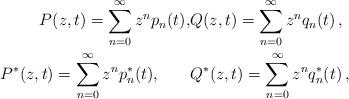
LaTeX: \begin{align*}P(z, t)=\sum_{n=0}^{\infty} z^{n} p_{n}(t), & Q(z, t)=\sum_{n=0}^{\infty} z^{n} q_{n}(t) \,,\\P^{*}(z, t)=\sum_{n=0}^{\infty} z^{n} p_{n}^{*}(t), \qquad& Q^{*}(z, t)=\sum_{n=0}^{\infty} z^{n} q_{n}^{*}(t)\,,\end{align*}